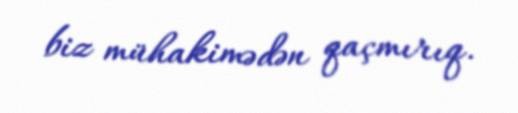
biz mühakimədən qaçmırıq.